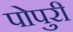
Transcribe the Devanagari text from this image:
पोपुरी